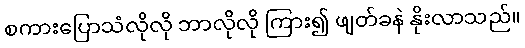
စကားပြောသံလိုလို ဘာလိုလို ကြား၍ ဖျတ်ခနဲ နိုးလာသည်။